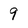
Character: 9